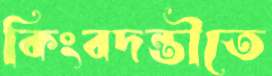
কিংবদন্তীতে